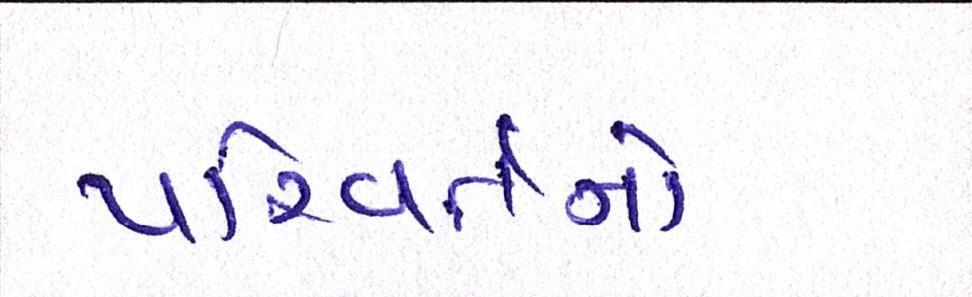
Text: પરિવર્તનો